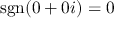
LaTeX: \operatorname { s g n } ( 0 + 0 i ) = 0